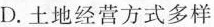
D. 土地经营方式多样